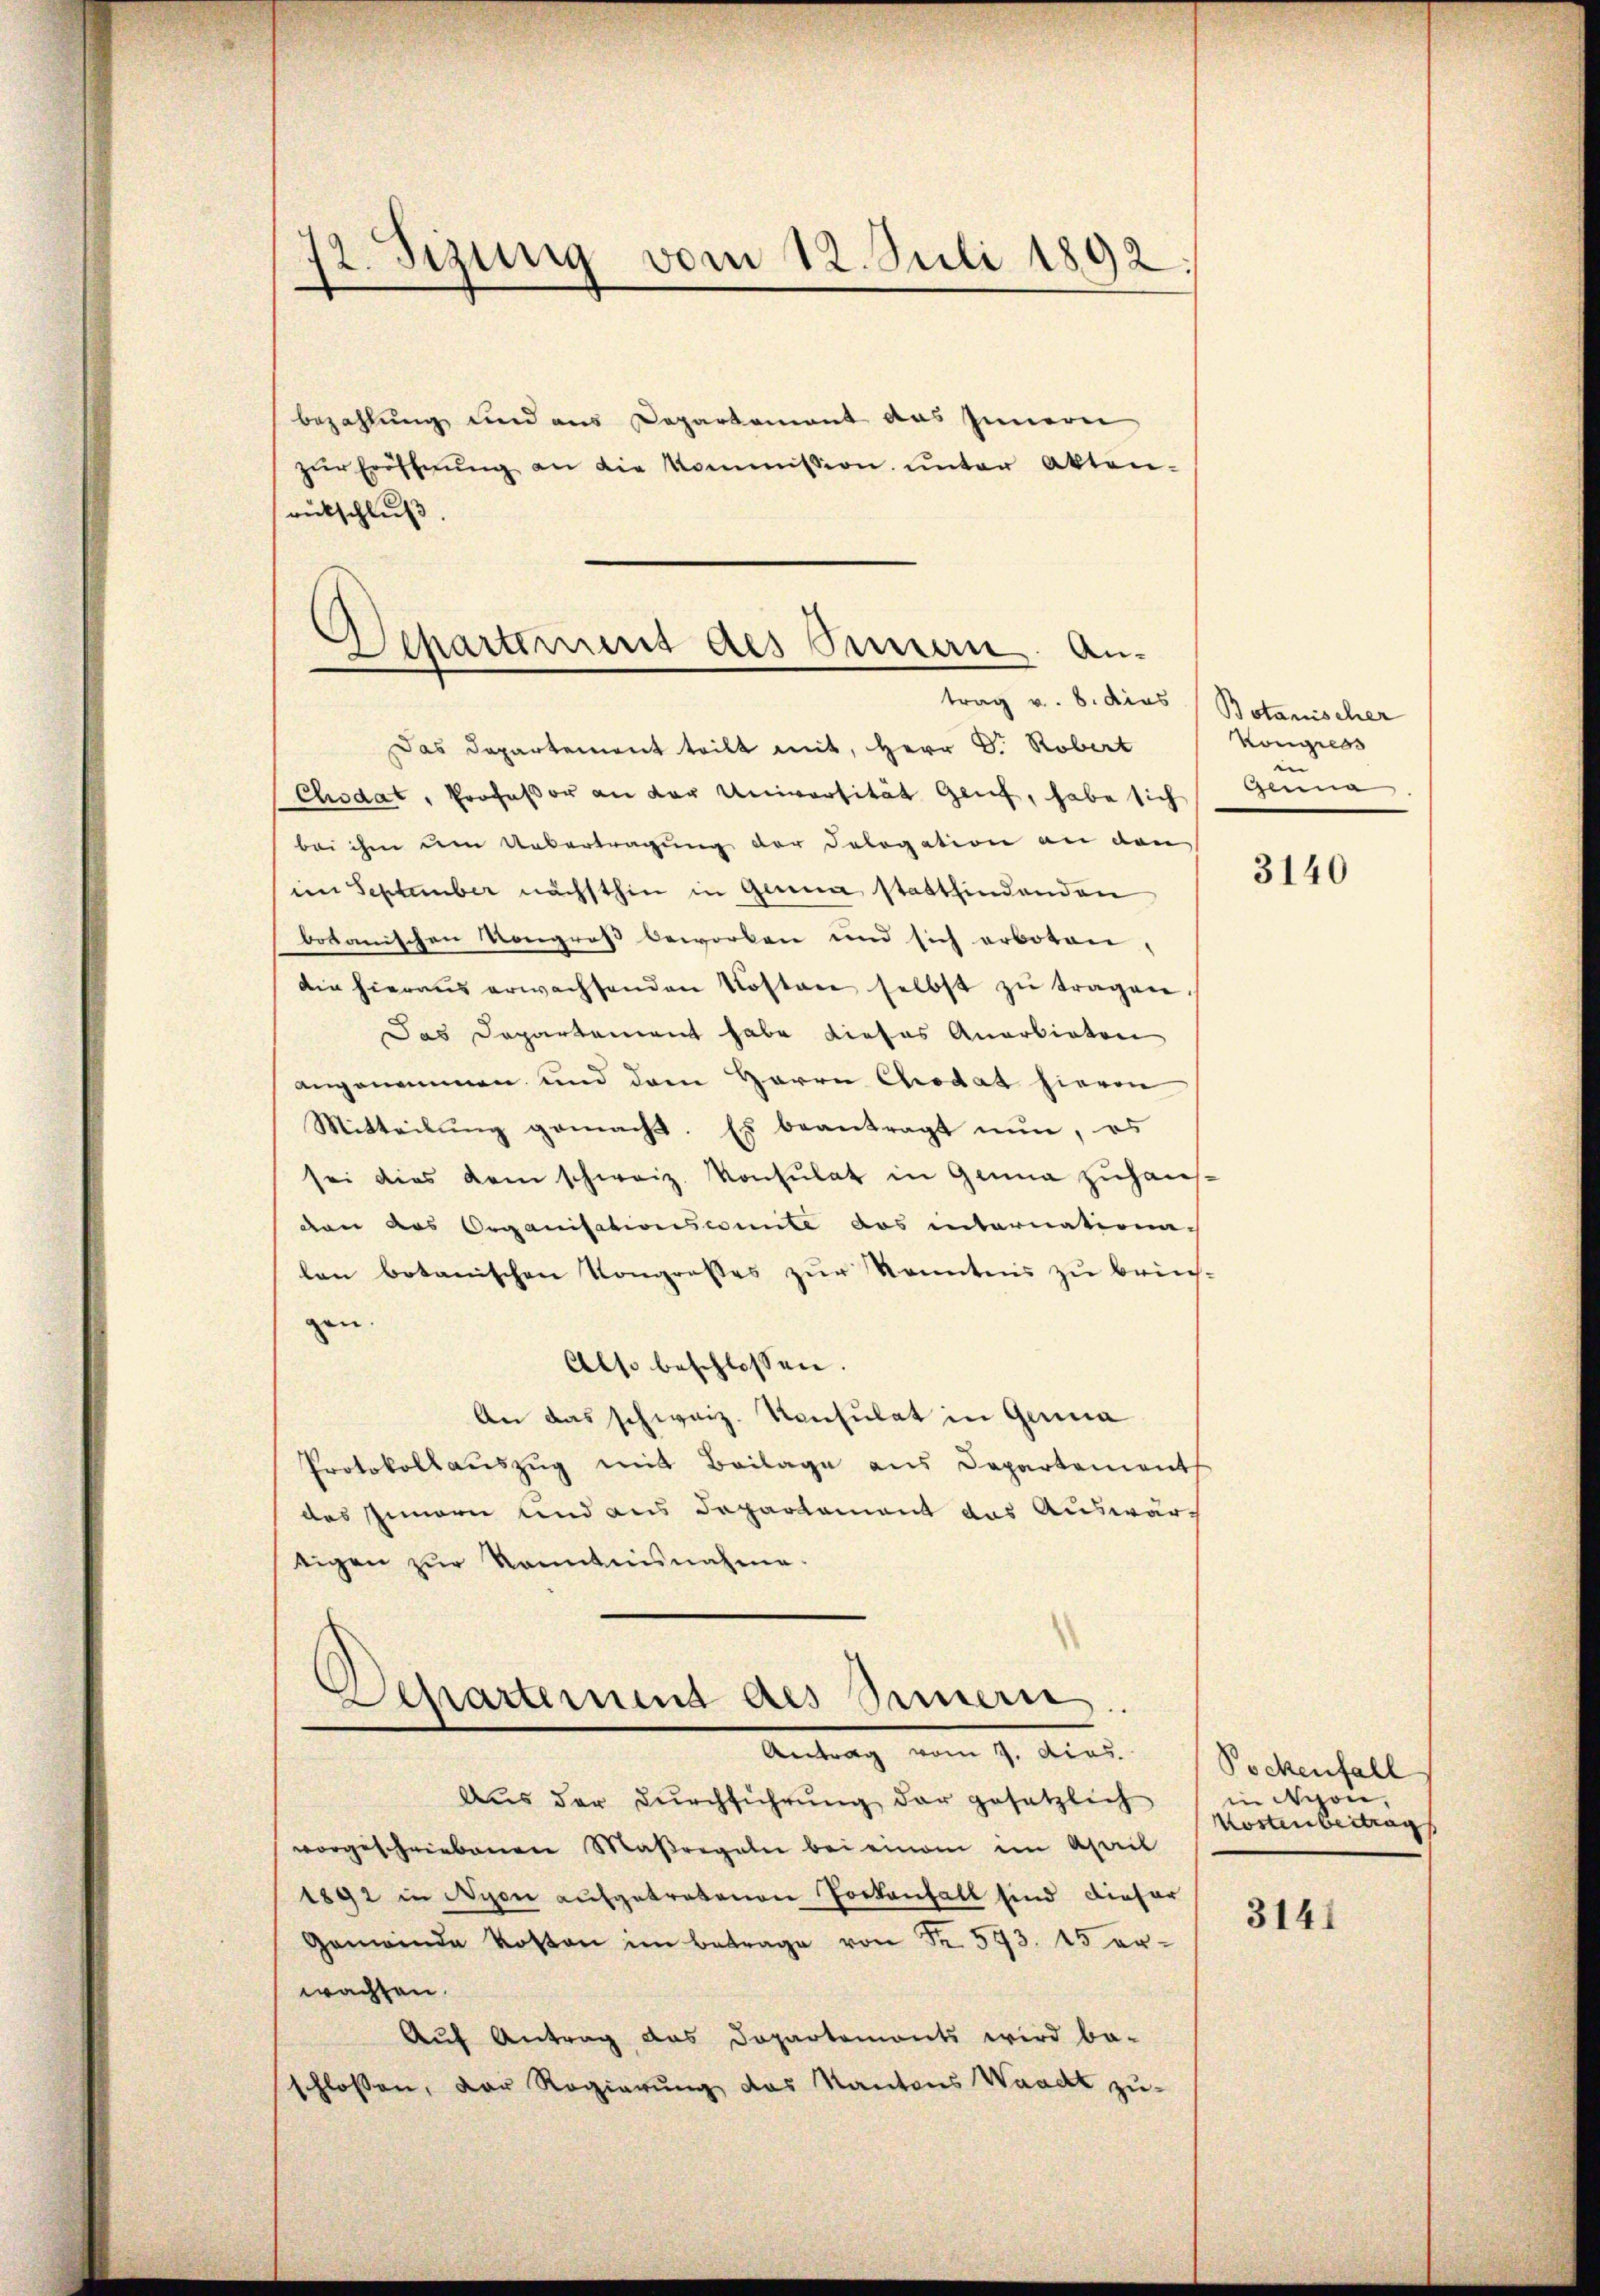
72. Sizung vom 12. Juli 1892.

bezahlung und aus Departement das Innern
zŭr Eröffnŭng an die kommission ŭnter Akten-
rückschluß

Departement des Innen. An-
trag v. 8. dies Botanischer

Das Departement teilt mit, Herr D. Robert
Chodat, Professor an der Universität Genf, habe sich
bei ihm dem Uebertragung der Dologation an den
im September nächsthin in Genua stattfindenden
botanischen Kongroß beworben und sich erboten,
die hieraŭs erwachsenden Kosten selbst zŭ tragen.
Das Departement habe dieses Anarbieten
angenommen und dem Herrn Chodat hievon
Mitteilung gemacht. Es beantragt nun, es
sei dies kam schweiz. Konsulat in Genua zŭhauf
den das Organisationsconnte das internationa-
len botanischen Kongroßes zur konntens zu brichgen.
Also beschlossen.
An das schweiz. Konsulat in Genua
Protokollauszug mit Beilage aus Departement
das Innern und aus Departement das Auswärtigen zŭr Kenntnisnahme.

Schartemend des Samerie.
Antrag vom 9. dies.

Aus der Dŭrchführŭng der gesetzlich
vorgeschriebenen Maßregeln bei einem im April
1892 in Nyon aufgetretenen Tortenfall sind dieser
Gemeinde Kosten im Betrage von Fr. 573. 15 er-
wachten.
Aŭf Antrag das Dopartemonts wird be-
schlossen, der Regierung das Kantons Waadt zu-

Kongress
Genua

3140

Pockenfall
in Nyon,
Kostenbertrag

3141